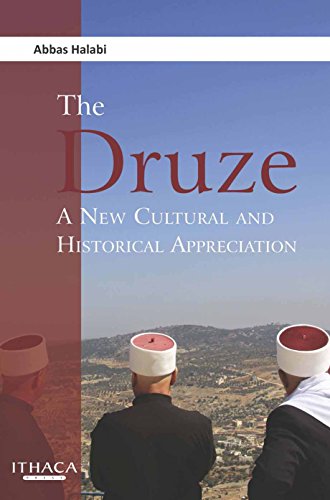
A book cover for The Druze: A New Cultural and Historical Appreciation; Abbas Halabi; History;